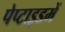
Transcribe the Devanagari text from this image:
पेप्टाइडमें